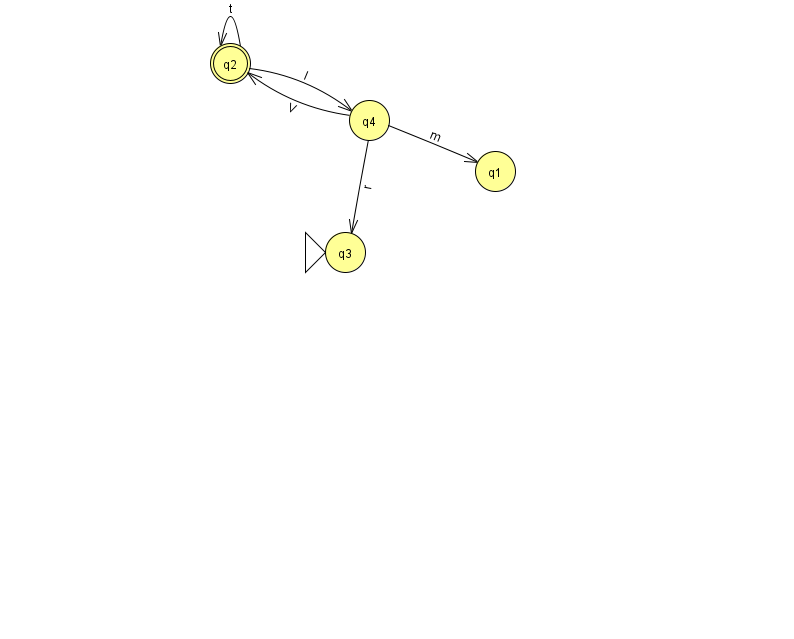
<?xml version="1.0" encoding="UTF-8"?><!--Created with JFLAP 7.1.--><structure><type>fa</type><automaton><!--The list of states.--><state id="1" name="q1"><x>495.0</x><y>158.0</y></state><state id="2" name="q2"><x>230.0</x><y>50.0</y><final/></state><state id="3" name="q3"><x>345.0</x><y>239.0</y><initial/></state><state id="4" name="q4"><x>369.0</x><y>107.0</y></state><!--The list of transitions.--><transition><from>2</from><to>2</to><read>t</read></transition><transition><from>4</from><to>2</to><read>V</read></transition><transition><from>4</from><to>3</to><read>r</read></transition><transition><from>4</from><to>1</to><read>m</read></transition><transition><from>2</from><to>4</to><read>l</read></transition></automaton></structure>